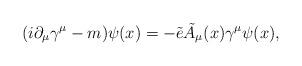
LaTeX: \begin{align*}(i \partial_\mu \gamma^\mu - m) \psi(x) = -{\tilde e} {\tilde A}_\mu(x) \gamma^\mu \psi(x),\end{align*}